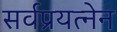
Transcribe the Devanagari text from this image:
सर्वप्रयत्नेन